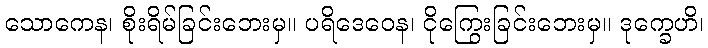
သောကေန၊ စိုးရိမ်ခြင်းဘေးမှ။ ပရိဒေဝေန၊ ငိုကြွေးခြင်းဘေးမှ။ ဒုက္ခေဟိ၊